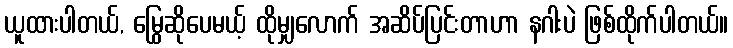
ယူထားပါတယ်, မြွေဆိုပေမယ့် ထိုမျှလောက် အဆိပ်ပြင်းတာဟာ နဂါးပဲ ဖြစ်ထိုက်ပါတယ်။